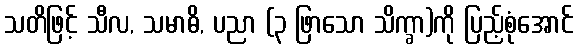
သတိဖြင့် သီလ, သမာဓိ, ပညာ (၃ ဖြာသော သိက္ခာ)ကို ပြည့်စုံအောင်